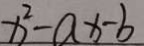
x ^ { 2 } - a x - b